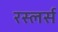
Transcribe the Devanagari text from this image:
रस्लर्स